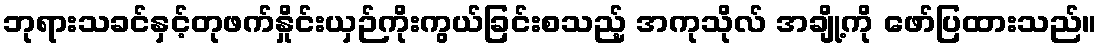
ဘုရားသခင်နှင့်တုဖက်နှိုင်းယှဉ်ကိုးကွယ်ခြင်းစသည့် အကုသိုလ် အချို့ကို ဖော်ပြထားသည်။